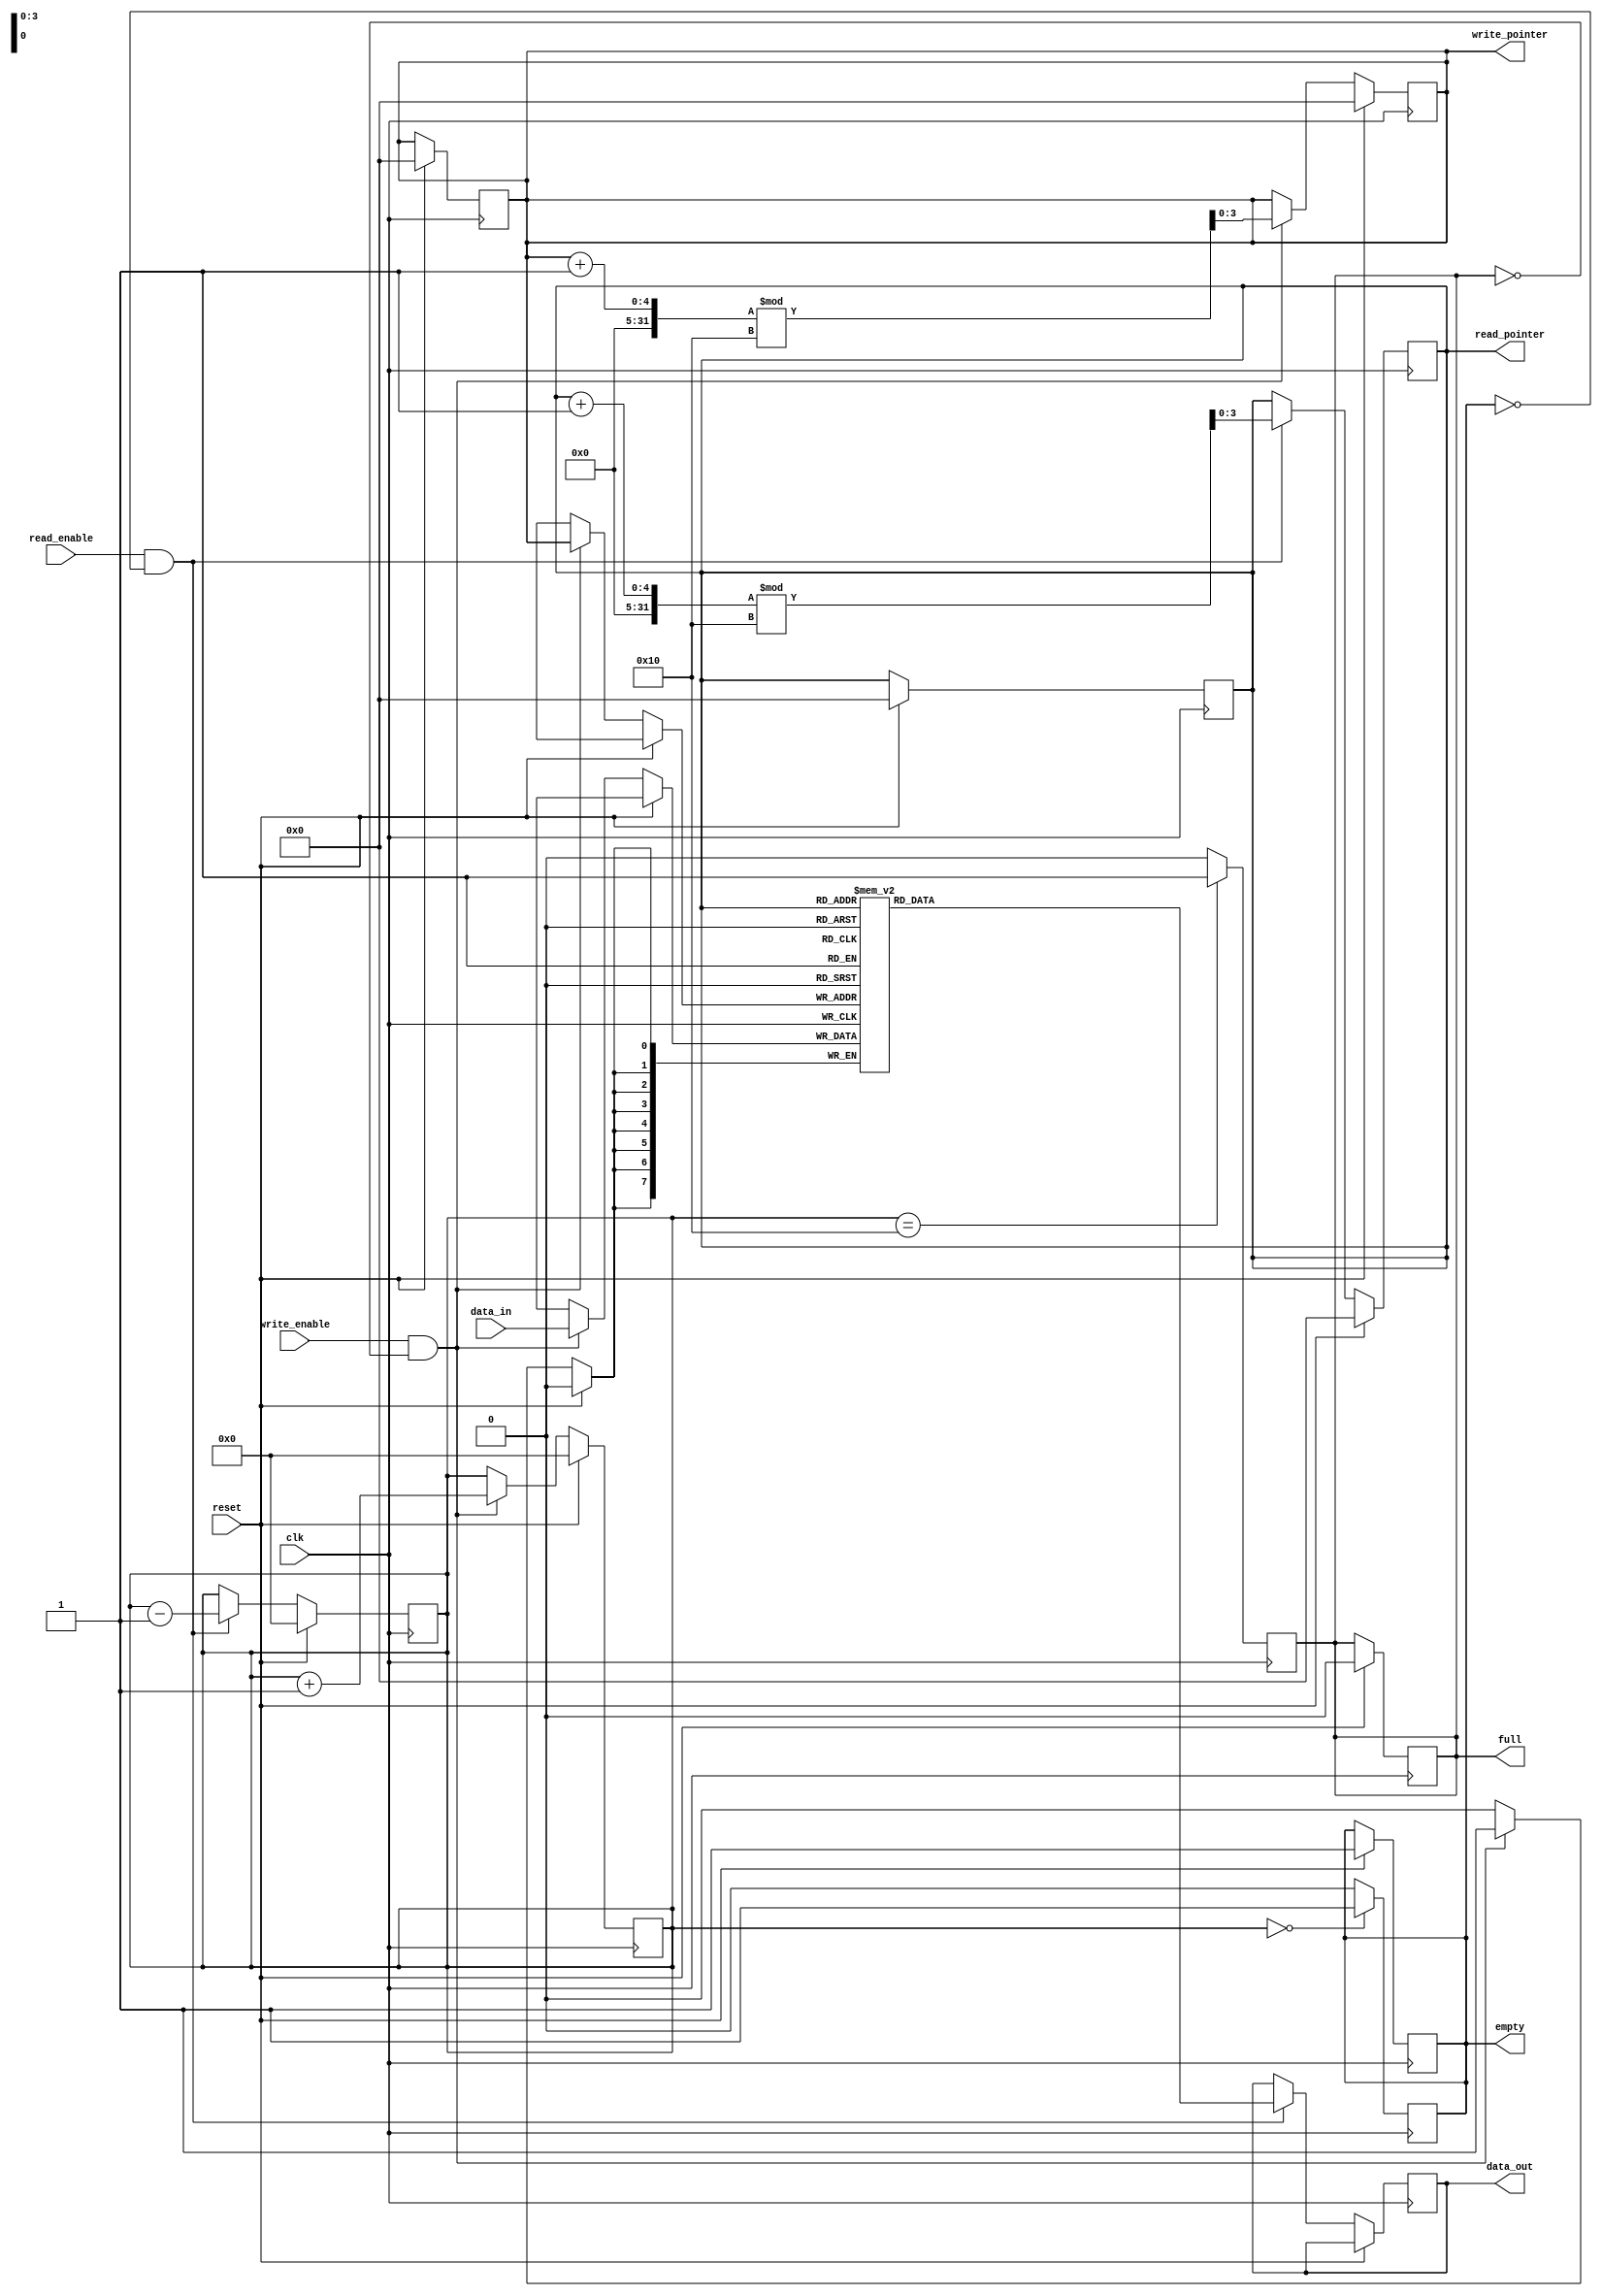
module parameterized_fifo #(
    parameter DATA_WIDTH = 8,      // Width of the data bus
    parameter FIFO_DEPTH = 16       // Depth of the FIFO
) (
    input wire clk,
    input wire reset,
    input wire [DATA_WIDTH-1:0] data_in,
    input wire write_enable,
    input wire read_enable,
    output reg [DATA_WIDTH-1:0] data_out,
    output reg full,
    output reg empty,
    output reg [$clog2(FIFO_DEPTH)-1:0] write_pointer,
    output reg [$clog2(FIFO_DEPTH)-1:0] read_pointer
);

    // Memory array to store FIFO entries
    reg [DATA_WIDTH-1:0] fifo_mem[FIFO_DEPTH-1:0];
    
    // Counter for the number of items in the FIFO
    reg [$clog2(FIFO_DEPTH):0] item_count;

    // Initialization
    initial begin
        write_pointer = 0;
        read_pointer = 0;
        full = 0;
        empty = 1;
        item_count = 0;
    end

    // Write operation
    always @(posedge clk) begin
        if (reset) begin
            write_pointer <= 0;
            read_pointer <= 0;
            full <= 0;
            empty <= 1;
            item_count <= 0;
        end else begin
            if (write_enable && !full) begin
                fifo_mem[write_pointer] <= data_in;
                write_pointer <= (write_pointer + 1) % FIFO_DEPTH;
                item_count <= item_count + 1;
            end
        end

        // Update full and empty flags
        if (item_count == FIFO_DEPTH) begin
            full <= 1;
        end else begin
            full <= 0;
        end

        if (item_count == 0) begin
            empty <= 1;
        end else begin
            empty <= 0;
        end
    end

    // Read operation
    always @(posedge clk) begin
        if (reset) begin
            write_pointer <= 0;
            read_pointer <= 0;
            full <= 0;
            empty <= 1;
            item_count <= 0;
        end else begin
            if (read_enable && !empty) begin
                data_out <= fifo_mem[read_pointer];
                read_pointer <= (read_pointer + 1) % FIFO_DEPTH;
                item_count <= item_count - 1;
            end
        end
    end

endmodule